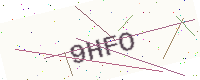
Text: 9HFO